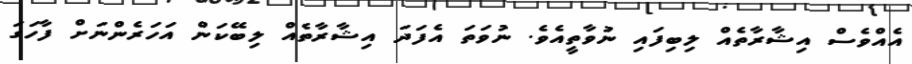
އެއްވެސް އިޝާރާތެއް ލިބިފައި ނުވާތީއެވެ. ނުވަތަ އެފަދަ އިޝާރާތެއް ލިބޭކަން އަހަރެންނަށް ފާހަގަ